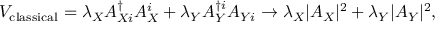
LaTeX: V _ { \mathrm { c l a s s i c a l } } = \lambda _ { X } A _ { X i } ^ { \dag } A _ { X } ^ { i } + \lambda _ { Y } A _ { Y } ^ { \dag i } A _ { Y i } \rightarrow \lambda _ { X } | A _ { X } | ^ { 2 } + \lambda _ { Y } | A _ { Y } | ^ { 2 } ,